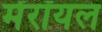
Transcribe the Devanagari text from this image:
मेंरॉयल